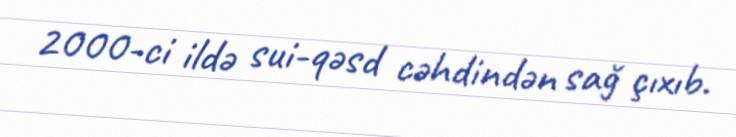
2000-ci ildə sui-qəsd cəhdindən sağ çıxıb.